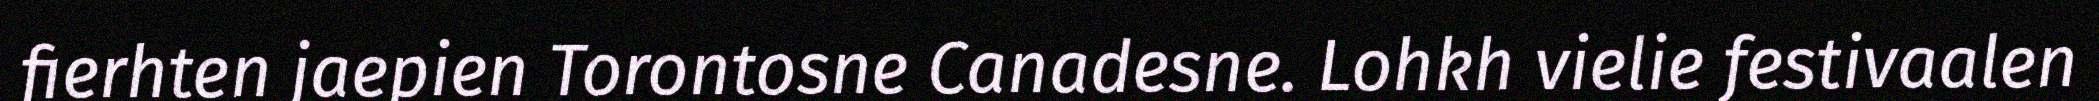
fierhten jaepien Torontosne Canadesne. Lohkh vielie festivaalen